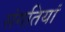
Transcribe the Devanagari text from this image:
संगतियां